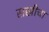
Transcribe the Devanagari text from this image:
सखीचा